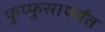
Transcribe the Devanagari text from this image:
फुप्फुसापर्यंत